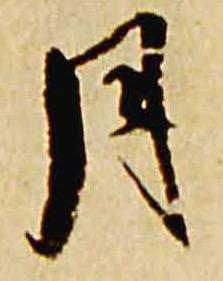
月